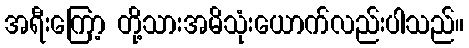
အရီးကြော့ တို့သားအမိသုံးယောက်လည်းပါသည်။